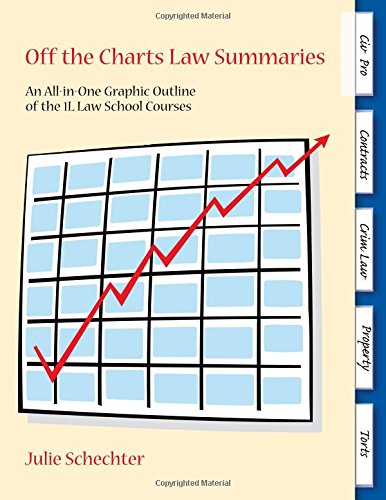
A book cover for Off the Charts Law Summaries: An All-In-One Graphic Outline of the 1L Law School Courses; Julie Schechter; Law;